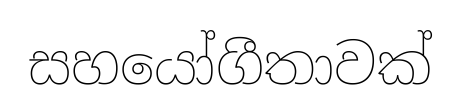
සහයෝගීතාවක්